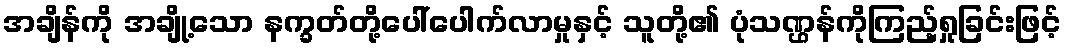
အချိန်ကို အချို့သော နက္ခတ်တို့ပေါ်ပေါက်လာမှုနှင့် သူတို့၏ ပုံသဏ္ဌန်ကိုကြည့်ရှုခြင်းဖြင့်